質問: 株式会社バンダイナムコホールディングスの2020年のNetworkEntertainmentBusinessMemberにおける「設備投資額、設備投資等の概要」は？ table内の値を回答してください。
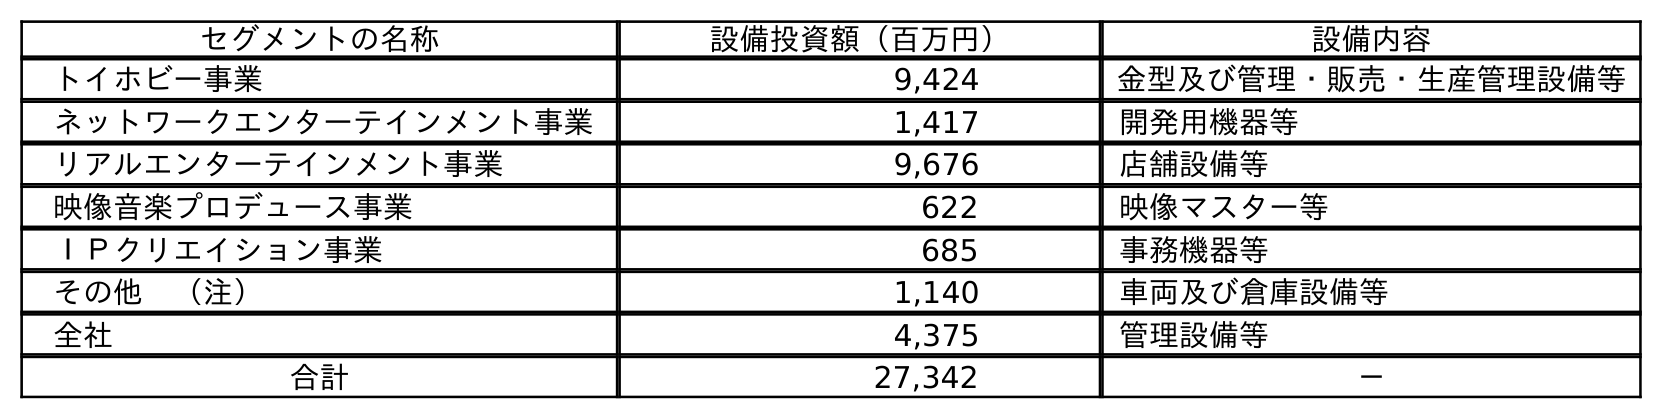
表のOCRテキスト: セグメントの名称 設備投資額（百万円） 設備内容 トイホビー事業 9,424 金型及び管理・販売・生産管理設備等 ネットワークエンターテインメント事業 1,417 開発用機器等 リアルエンターテインメント事業 9,676 店舗設備等 映像音楽プロデュース事業 622 映像マスター等 ＩＰクリエイション事業 685 事務機器等 その他 （注） 1,140 車両及び倉庫設備等 全社 4,375 管理設備等 合計 27,342 －
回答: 1,417